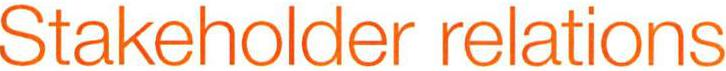
Stakeholder relations